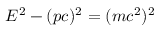
E ^ { 2 } - ( p c ) ^ { 2 } = ( m c ^ { 2 } ) ^ { 2 }